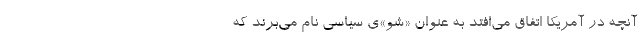
آنچه در آمریکا اتفاق می‌افتد به عنوان «شو»ی سیاسی نام می‌برند که